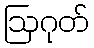
ဩဂုတ်